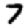
Digit: 7